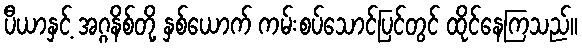
ပီယာနှင့် အဂ္ဂနိစ်တို့ နှစ်ယောက် ကမ်းစပ်သောင်ပြင်တွင် ထိုင်နေကြသည်။